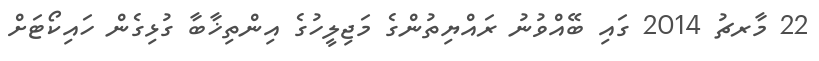
22 މާރޗު 2014 ގައި ބޭއްވުނު ރައްޔިތުންގެ މަޖިލީހުގެ އިންތިޚާބާ ގުޅިގެން ހައިކޯޓަށް